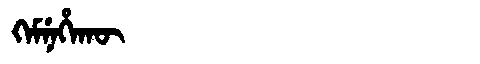
Manchu: ᡴᡝᠮᠨᡝᡥᠠᡴᡡ
Romanization: KEMNEHAKŪ